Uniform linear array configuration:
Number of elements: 12
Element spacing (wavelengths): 0.5
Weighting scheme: hann
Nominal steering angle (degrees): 45
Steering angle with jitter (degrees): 43.309
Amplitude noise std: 0.05
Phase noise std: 0.05

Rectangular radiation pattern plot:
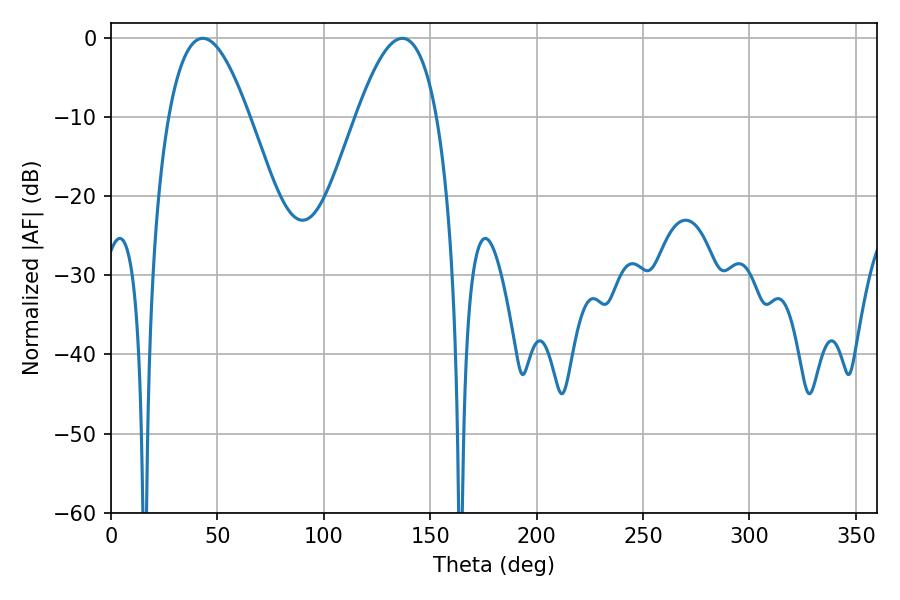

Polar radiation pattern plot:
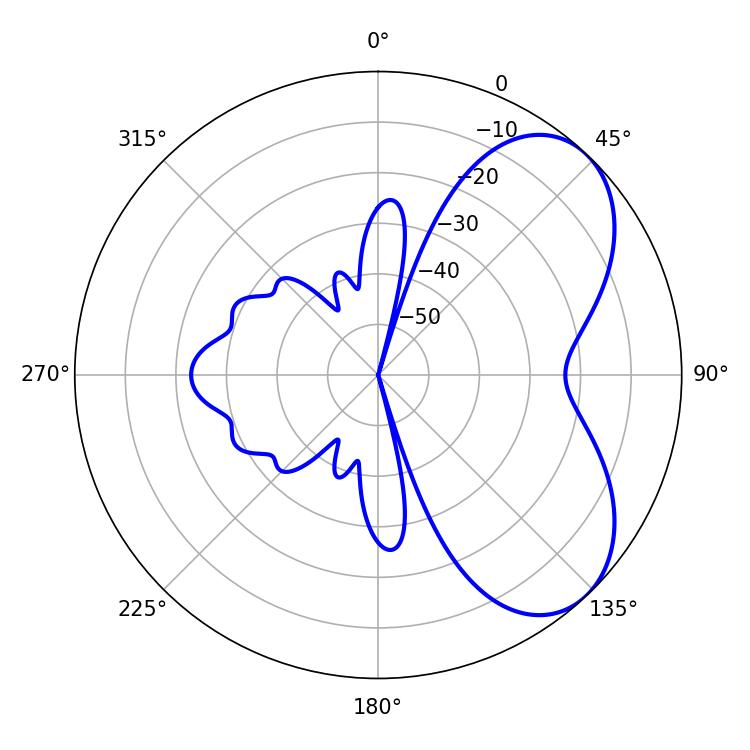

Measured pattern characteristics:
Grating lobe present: FALSE
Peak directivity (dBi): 5.639
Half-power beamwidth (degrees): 20.7
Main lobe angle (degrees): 43.2